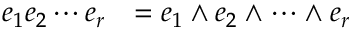
\begin{array} { r l } { e _ { 1 } e _ { 2 } \cdots e _ { r } } & { = e _ { 1 } \wedge e _ { 2 } \wedge \cdots \wedge e _ { r } } \end{array}